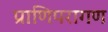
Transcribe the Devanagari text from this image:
प्राणिपरागण